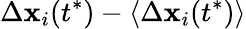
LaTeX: \Delta\mathbf{x}_{i}(t^{\ast})-\langle\Delta\mathbf{x}_{i}(t^{\ast})\rangle